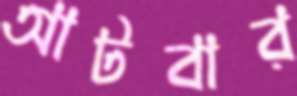
আটবার